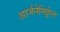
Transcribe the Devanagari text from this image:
आर्जनेमिट्टेल